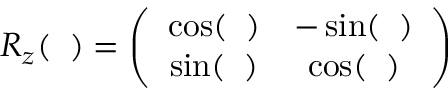
\begin{array} { r } { R _ { z } ( { \it \Delta \Psi } ) = \left( \begin{array} { c c } { \cos ( { \it \Delta \Psi } ) } & { - \sin ( { \it \Delta \Psi } ) } \\ { \sin ( { \it \Delta \Psi } ) } & { \cos ( { \it \Delta \Psi } ) } \end{array} \right) } \end{array}